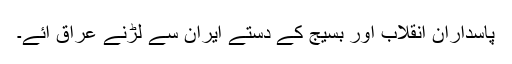
پاسداران انقلاب اور بسیج کے دستے ایران سے لڑنے عراق آئے۔